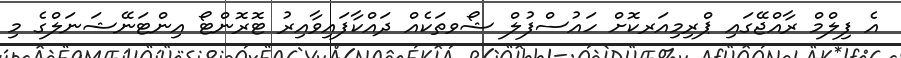
އެ ފިލްމް ރާއްޖޭގައި ޕްރިމިއަރކޮށް ހައުސްފުލް ޝޯވތަކެއް ދައްކާފައިވާއިރު ޓޮރޮންޓޯ އިންޓަނޭޝަނަލްގެ މި